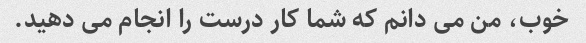
خوب، من می دانم که شما کار درست را انجام می دهید.